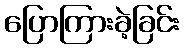
ပြောကြားခဲ့ခြင်း